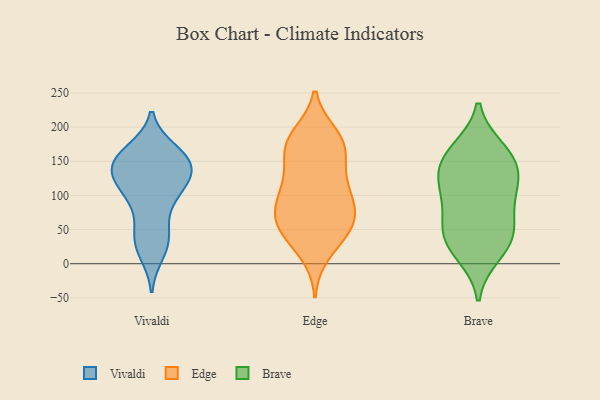
{"axis": {"x": "Humidity (%)", "y": "Value"}, "legend": ["Brave", "Edge", "Vivaldi"], "data": [{"x": "", "y": 91, "type": "Vivaldi"}, {"x": "", "y": 154, "type": "Vivaldi"}, {"x": "", "y": 97, "type": "Vivaldi"}, {"x": "", "y": 161, "type": "Vivaldi"}, {"x": "", "y": 33, "type": "Vivaldi"}, {"x": "", "y": 155, "type": "Vivaldi"}, {"x": "", "y": 46, "type": "Vivaldi"}, {"x": "", "y": 165, "type": "Vivaldi"}, {"x": "", "y": 49, "type": "Vivaldi"}, {"x": "", "y": 108, "type": "Vivaldi"}, {"x": "", "y": 126, "type": "Vivaldi"}, {"x": "", "y": 139, "type": "Vivaldi"}, {"x": "", "y": 143, "type": "Vivaldi"}, {"x": "", "y": 156, "type": "Vivaldi"}, {"x": "", "y": 16, "type": "Vivaldi"}, {"x": "", "y": 140, "type": "Vivaldi"}, {"x": "", "y": 118, "type": "Vivaldi"}, {"x": "", "y": 24, "type": "Vivaldi"}, {"x": "", "y": 138, "type": "Vivaldi"}, {"x": "", "y": 111, "type": "Vivaldi"}, {"x": "", "y": 93, "type": "Edge"}, {"x": "", "y": 167, "type": "Edge"}, {"x": "", "y": 80, "type": "Edge"}, {"x": "", "y": 40, "type": "Edge"}, {"x": "", "y": 15, "type": "Edge"}, {"x": "", "y": 66, "type": "Edge"}, {"x": "", "y": 188, "type": "Edge"}, {"x": "", "y": 91, "type": "Edge"}, {"x": "", "y": 94, "type": "Edge"}, {"x": "", "y": 117, "type": "Edge"}, {"x": "", "y": 128, "type": "Edge"}, {"x": "", "y": 170, "type": "Edge"}, {"x": "", "y": 128, "type": "Edge"}, {"x": "", "y": 167, "type": "Edge"}, {"x": "", "y": 179, "type": "Edge"}, {"x": "", "y": 184, "type": "Edge"}, {"x": "", "y": 57, "type": "Edge"}, {"x": "", "y": 40, "type": "Edge"}, {"x": "", "y": 56, "type": "Edge"}, {"x": "", "y": 61, "type": "Edge"}, {"x": "", "y": 159, "type": "Brave"}, {"x": "", "y": 106, "type": "Brave"}, {"x": "", "y": 118, "type": "Brave"}, {"x": "", "y": 15, "type": "Brave"}, {"x": "", "y": 99, "type": "Brave"}, {"x": "", "y": 166, "type": "Brave"}, {"x": "", "y": 139, "type": "Brave"}, {"x": "", "y": 35, "type": "Brave"}, {"x": "", "y": 149, "type": "Brave"}, {"x": "", "y": 40, "type": "Brave"}, {"x": "", "y": 42, "type": "Brave"}, {"x": "", "y": 67, "type": "Brave"}]}